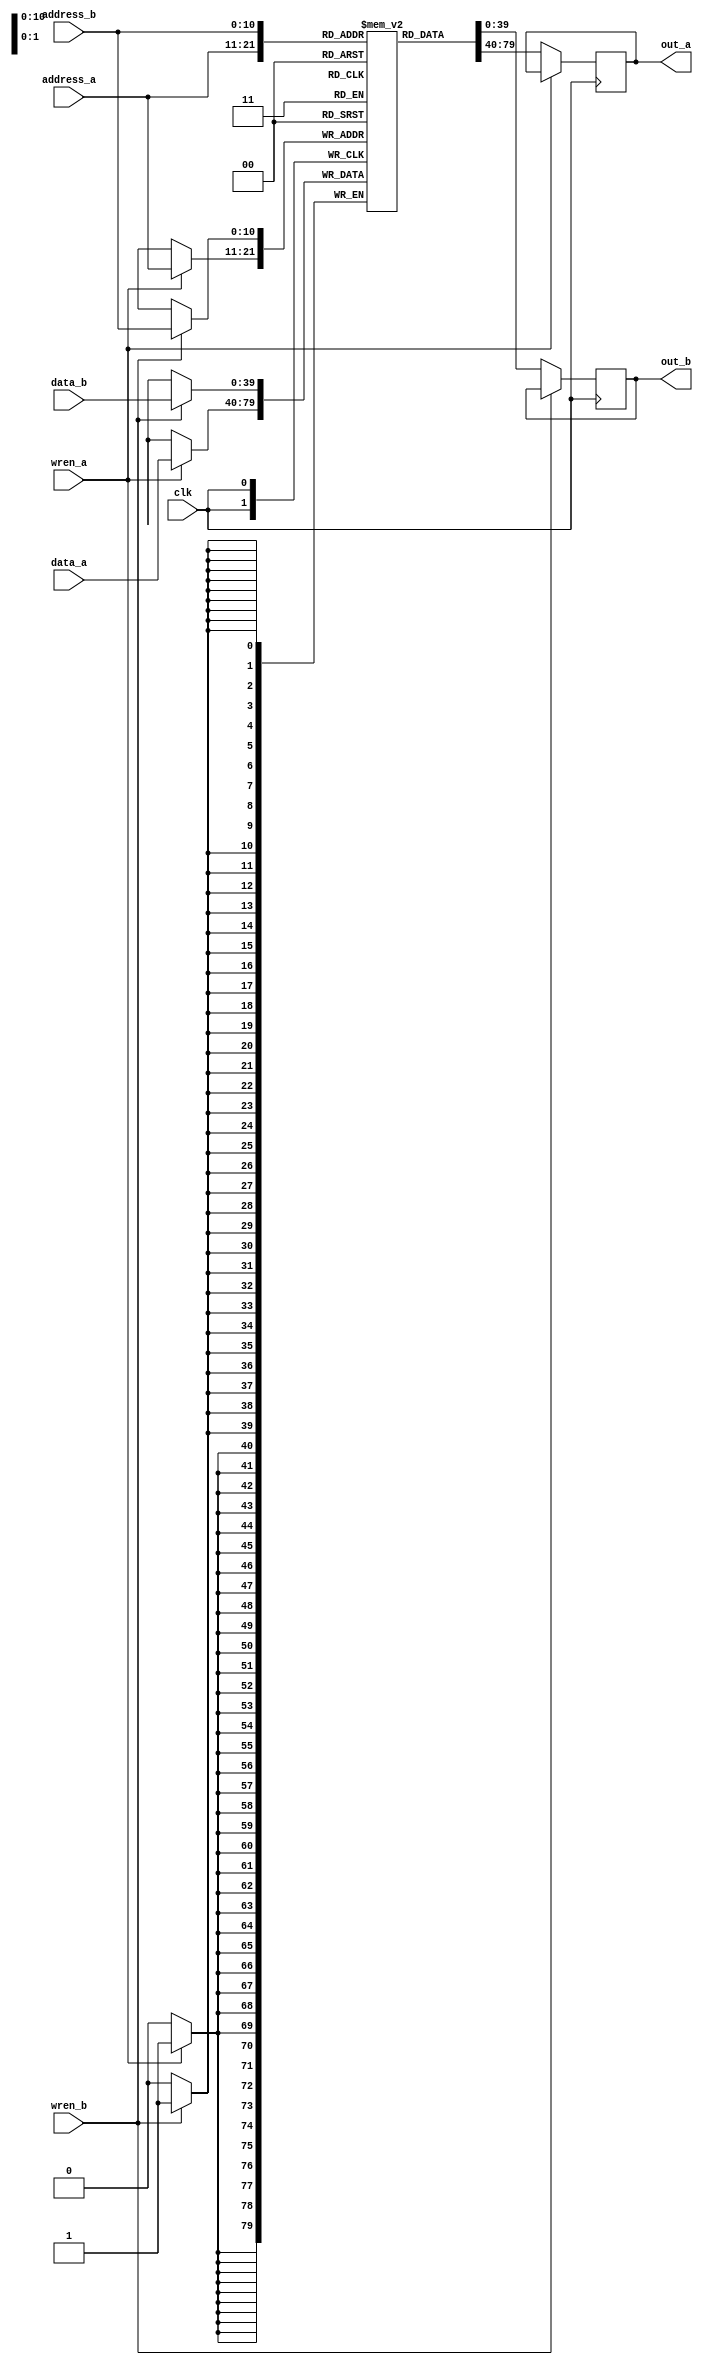
module dpram_2048_40bit (
    clk,
    address_a,
    address_b,
    wren_a,
    wren_b,
    data_a,
    data_b,
    out_a,
    out_b
);
parameter AWIDTH=11;
parameter NUM_WORDS=2048;
parameter DWIDTH=40;
input clk;
input [(AWIDTH-1):0] address_a;
input [(AWIDTH-1):0] address_b;
input  wren_a;
input  wren_b;
input [(DWIDTH-1):0] data_a;
input [(DWIDTH-1):0] data_b;
output reg [(DWIDTH-1):0] out_a;
output reg [(DWIDTH-1):0] out_b;

`ifndef hard_mem

reg [DWIDTH-1:0] ram[NUM_WORDS-1:0];
always @ (posedge clk) begin 
  if (wren_a) begin
      ram[address_a] <= data_a;
  end
  else begin
      out_a <= ram[address_a];
  end
end
  
always @ (posedge clk) begin 
  if (wren_b) begin
      ram[address_b] <= data_b;
  end 
  else begin
      out_b <= ram[address_b];
  end
end

`else

defparam u_dual_port_ram.ADDR_WIDTH = AWIDTH;
defparam u_dual_port_ram.DATA_WIDTH = DWIDTH;

dual_port_ram u_dual_port_ram(
.addr1(address_a),
.we1(wren_a),
.data1(data_a),
.out1(out_a),
.addr2(address_b),
.we2(wren_b),
.data2(data_b),
.out2(out_b),
.clk(clk)
);

`endif
endmodule